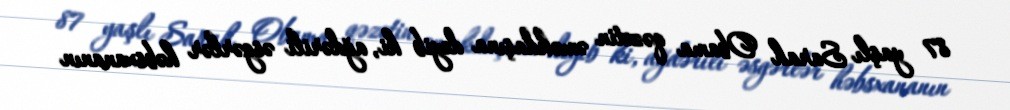
87 yaşlı Sarah Obama qəzetin əməkdaşına deyib ki, ağdərili əsgərlər həbsxananın